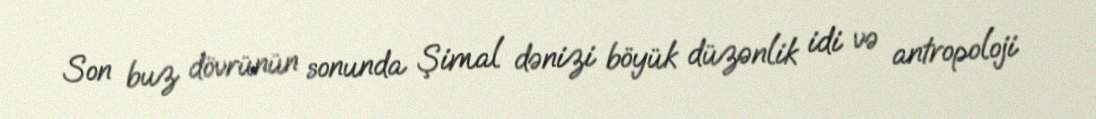
Son buz dövrünün sonunda Şimal dənizi böyük düzənlik idi və antropoloji